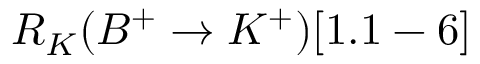
R _ { K } ( B ^ { + } \to K ^ { + } ) [ 1 . 1 - 6 ]